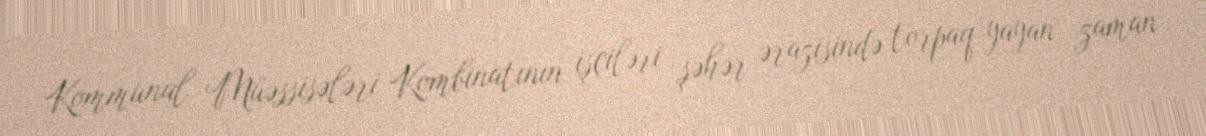
Kommunal Müəssisələri Kombinatının işçiləri şəhər ərazisində torpaq yayan zaman